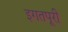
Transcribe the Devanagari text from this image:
इगतपूरी